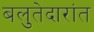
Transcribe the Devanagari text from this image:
बलुतेदारांत